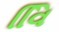
વિિ